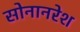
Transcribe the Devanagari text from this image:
सोनानरेश